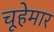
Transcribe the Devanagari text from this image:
चूहेमार